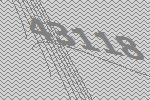
43118